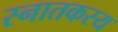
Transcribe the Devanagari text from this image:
स्नातकस्य